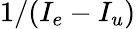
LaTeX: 1/(I_{e}-I_{u})